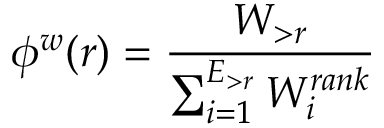
\phi ^ { w } ( r ) = \frac { W _ { > r } } { \sum _ { i = 1 } ^ { E _ { > r } } W _ { i } ^ { r a n k } }